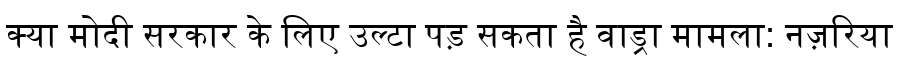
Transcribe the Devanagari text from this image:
क्या मोदी सरकार के लिए उल्टा पड़ सकता है वाड्रा मामला: नज़रिया